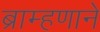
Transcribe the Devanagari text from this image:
ब्राम्हणाने